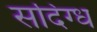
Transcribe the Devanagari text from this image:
सदिंग्ध